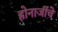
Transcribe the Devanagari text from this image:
होनाजींचे